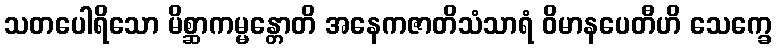
သတပေါရိသော မိစ္ဆာကမ္မန္တောတိ အနေကဇာတိသံသာရံ ဝိမာနပေတီဟိ သေက္ခေ